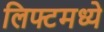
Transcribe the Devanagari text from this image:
लिफ्टमध्ये